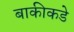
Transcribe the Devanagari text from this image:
बाकीकडे